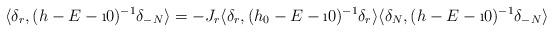
LaTeX: \begin{align*}\langle \delta_r , (h - E - \i 0)^{-1} \delta_{-N} \rangle = - J_r \langle \delta_r, (h_0 - E - \i0)^{-1} \delta_r \rangle \langle \delta_N , ( h - E - \i 0)^{-1} \delta_{-N} \rangle \end{align*}